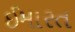
ઈમારત